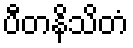
ပီတနိသိတံ